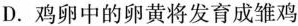
D. 鸡卵中的卵黄将发育成雏鸡